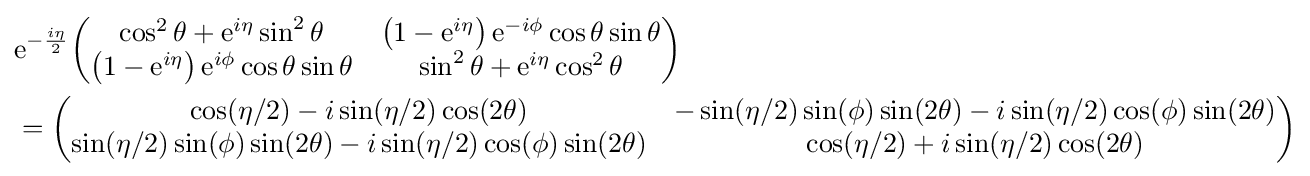
{\begin{aligned}&{\rm {e}}^{-{\frac {i\eta }{2}}}{\begin{pmatrix}\cos ^{2}\theta +{\rm {e}}^{i\eta }\sin ^{2}\theta &\left(1-{\rm {e}}^{i\eta }\right){\rm {e}}^{-i\phi }\cos \theta \sin \theta \\\left(1-{\rm {e}}^{i\eta }\right){\rm {e}}^{i\phi }\cos \theta \sin \theta &\sin ^{2}\theta +{\rm {e}}^{i\eta }\cos ^{2}\theta \end{pmatrix}}\\&={\begin{pmatrix}\cos(\eta /2)-i\sin(\eta /2)\cos(2\theta )&-\sin(\eta /2)\sin(\phi )\sin(2\theta )-i\sin(\eta /2)\cos(\phi )\sin(2\theta )\\\sin(\eta /2)\sin(\phi )\sin(2\theta )-i\sin(\eta /2)\cos(\phi )\sin(2\theta )&\cos(\eta /2)+i\sin(\eta /2)\cos(2\theta )\end{pmatrix}}\end{aligned}}